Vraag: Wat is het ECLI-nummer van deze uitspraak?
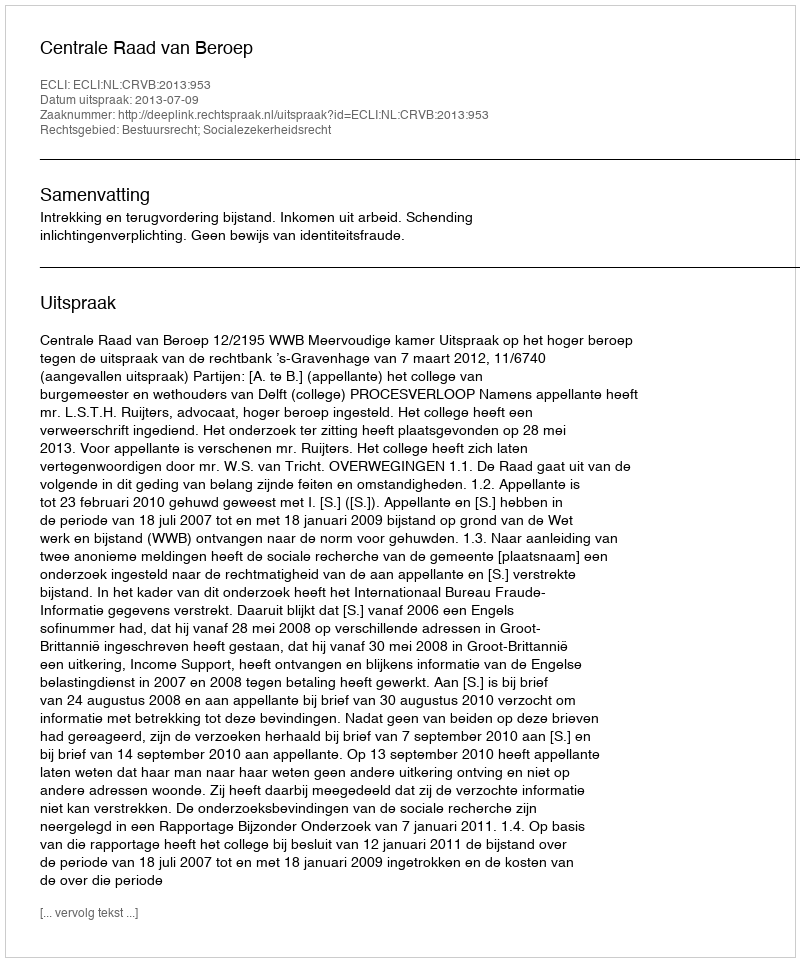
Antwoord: ECLI:NL:CRVB:2013:953